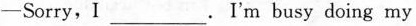
-Sorry, I ___ . I'm busy doing my